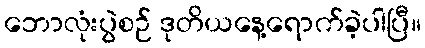
ဘောလုံးပွဲစဉ် ဒုတိယနေ့ရောက်ခဲ့ပါပြီ။